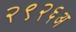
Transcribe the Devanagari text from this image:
२९२६अ